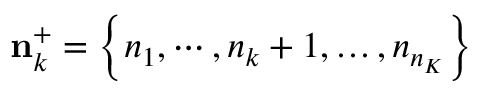
\mathbf { n } _ { k } ^ { + } = \left\{ { { n } _ { 1 } } , \cdots , { { n } _ { k } } + 1 , \ldots , { { n } _ { { { n } _ { K } } } } \right\}